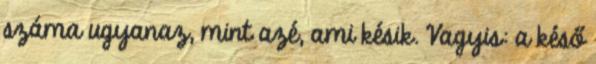
száma ugyanaz, mint azé, ami késik. Vagyis: a késő